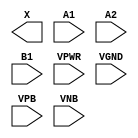
module sky130_fd_sc_lp__o21a (
    X   ,
    A1  ,
    A2  ,
    B1  ,
    VPWR,
    VGND,
    VPB ,
    VNB
);

    output X   ;
    input  A1  ;
    input  A2  ;
    input  B1  ;
    input  VPWR;
    input  VGND;
    input  VPB ;
    input  VNB ;
endmodule